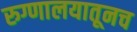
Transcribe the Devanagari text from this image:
रुग्णालयातूनच